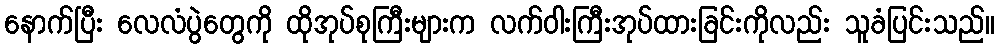
နောက်ပြီး လေလံပွဲတွေကို ထိုအုပ်စုကြီးများက လက်ဝါးကြီးအုပ်ထားခြင်းကိုလည်း သူခံပြင်းသည်။